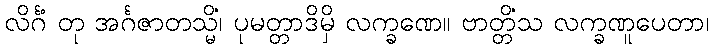
လိင်္ဂံ တု အင်္ဂဇာတသ္မိံ၊ ပုမတ္တာဒိမှိ လက္ခဏေ။ ဗာတ္တိံသ လက္ခဏူပေတာ၊